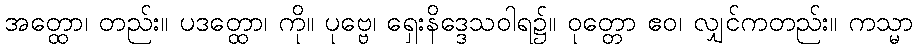
အတ္ထော၊ တည်း။ ပဒတ္ထော၊ ကို။ ပုဗ္ဗေ၊ ရှေးနိဒ္ဒေသဝါရ၌။ ဝုတ္တော ဧဝ၊ လျှင်ကတည်း။ ကသ္မာ